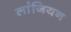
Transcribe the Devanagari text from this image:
लांजियन